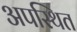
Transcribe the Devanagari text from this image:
अपस्थित